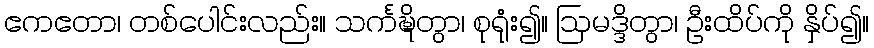
ဧကဧတာ၊ တစ်ပေါင်းလည်း။ သင်္ကဍ္ဎိတွာ၊ စုရုံး၍။ ဩမဒ္ဒိတွာ၊ ဦးထိပ်ကို နှိပ်၍။